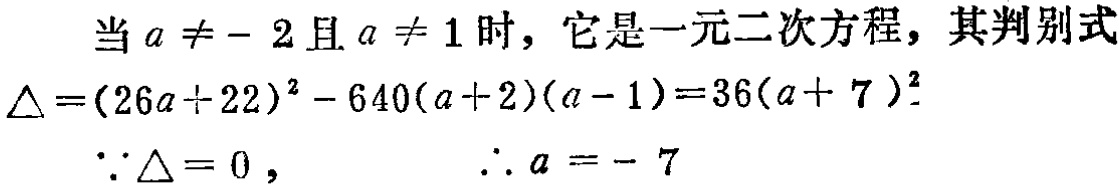
当 \(a \neq - 2\) 且 \(a \neq 1\) 时，它是一元二次方程，其判别式
\(\Delta=(26a + 22)^2 - 640(a + 2)(a - 1)=36(a + 7)^2\)
\(\because\Delta = 0\)， \(\therefore a = - 7\)